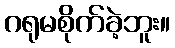
ဂရုမစိုက်ခဲ့ဘူး။